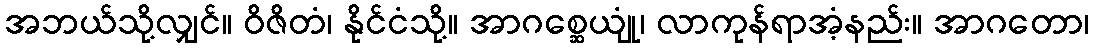
အဘယ်သို့လျှင်။ ဝိဇိတံ၊ နိုင်ငံသို့။ အာဂစ္ဆေယျုံ၊ လာကုန်ရာအံ့နည်း။ အာဂတော၊